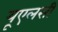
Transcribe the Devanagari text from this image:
यूएलसी